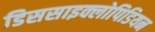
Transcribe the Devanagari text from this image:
डिससाइक्लोपिडियन